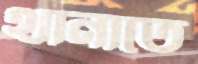
থানাতে